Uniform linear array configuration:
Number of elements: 24
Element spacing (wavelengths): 0.25
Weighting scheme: exponential
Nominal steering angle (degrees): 30
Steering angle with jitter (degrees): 31.245
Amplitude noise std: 0.05
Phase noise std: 0.05

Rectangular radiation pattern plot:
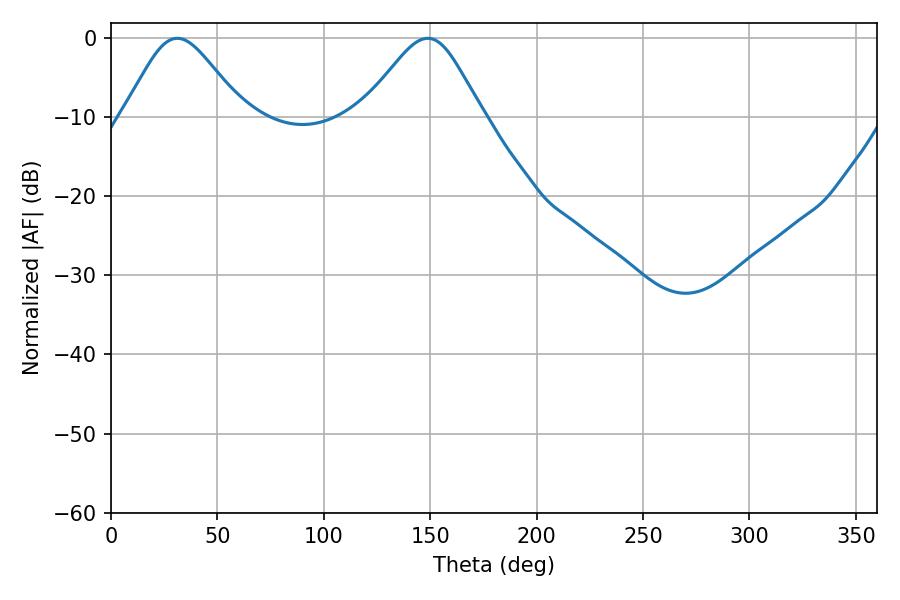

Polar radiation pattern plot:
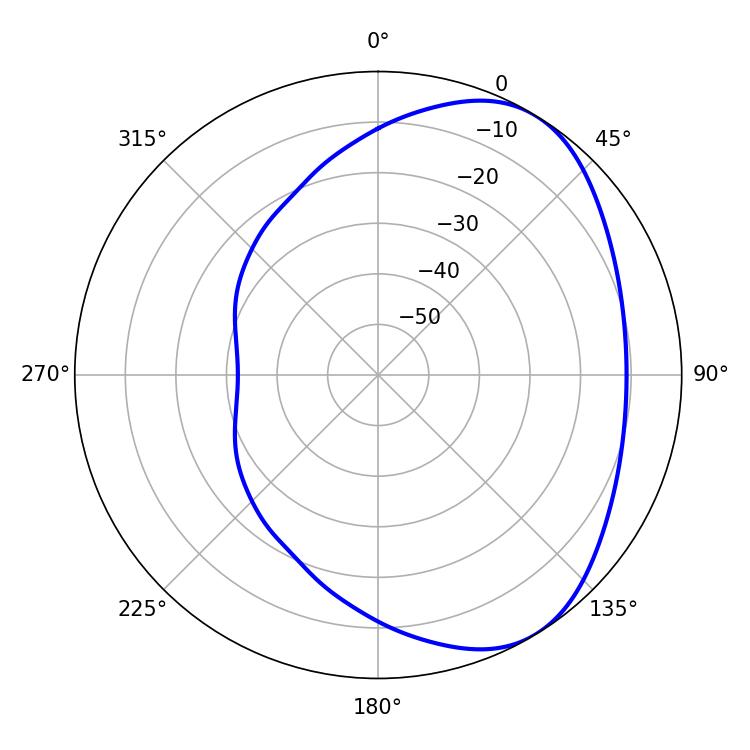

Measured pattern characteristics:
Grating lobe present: FALSE
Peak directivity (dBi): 4.807
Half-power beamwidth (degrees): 27.54
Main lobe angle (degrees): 31.14